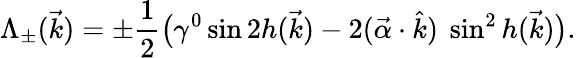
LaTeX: \Lambda_{\pm}(\vec{k})=\pm\frac{1}{2}\big(\gamma^{0}\sin 2h(\vec{k})-2(\vec{\alpha}\cdot\hat{k})~\sin^{2}h(\vec{k})\big).